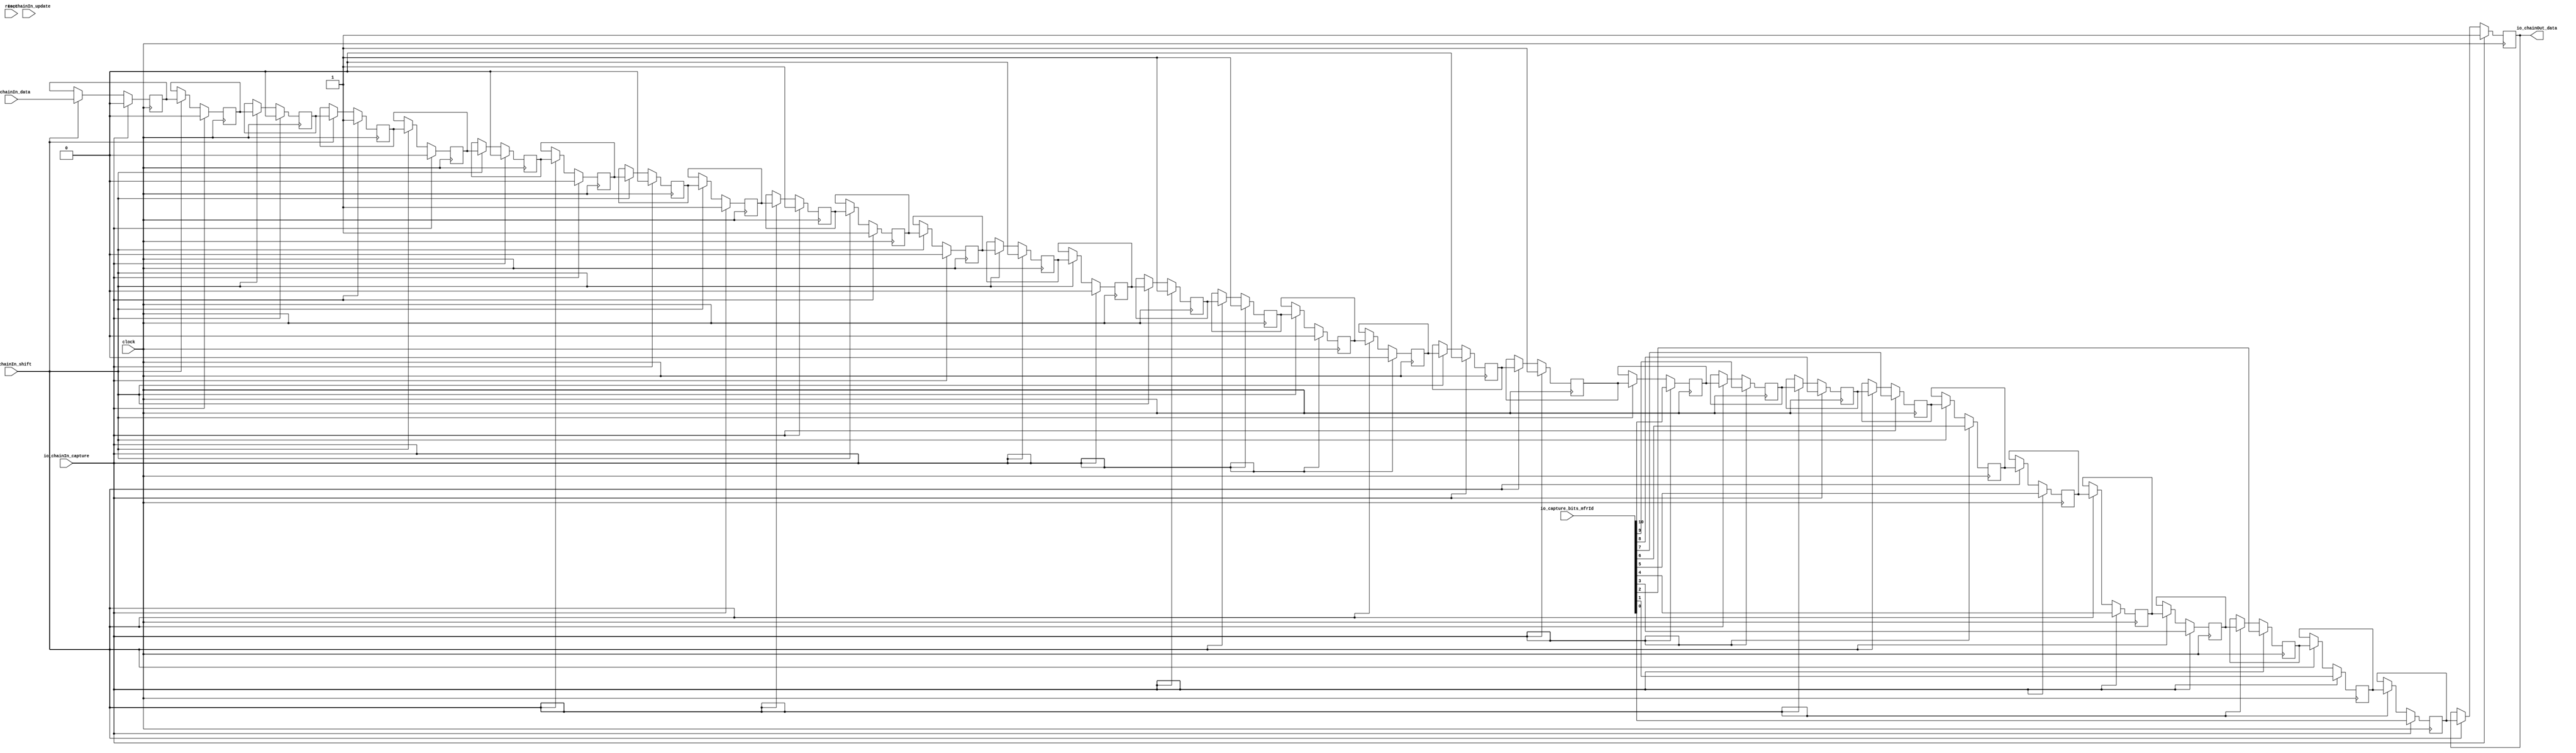
// Copyright (c) 2017, Microsemi Corporation
// All rights reserved.
//
// Redistribution and use in source and binary forms, with or without
// modification, are permitted provided that the following conditions are met:
//     * Redistributions of source code must retain the above copyright
//       notice, this list of conditions and the following disclaimer.
//     * Redistributions in binary form must reproduce the above copyright
//       notice, this list of conditions and the following disclaimer in the
//       documentation and/or other materials provided with the distribution.
//     * Neither the name of the <organization> nor the
//       names of its contributors may be used to endorse or promote products
//       derived from this software without specific prior written permission.
//
// THIS SOFTWARE IS PROVIDED BY THE COPYRIGHT HOLDERS AND CONTRIBUTORS "AS IS" AND
// ANY EXPRESS OR IMPLIED WARRANTIES, INCLUDING, BUT NOT LIMITED TO, THE IMPLIED
// WARRANTIES OF MERCHANTABILITY AND FITNESS FOR A PARTICULAR PURPOSE ARE
// DISCLAIMED. IN NO EVENT SHALL MICROSEMI CORPORATIONM BE LIABLE FOR ANY
// DIRECT, INDIRECT, INCIDENTAL, SPECIAL, EXEMPLARY, OR CONSEQUENTIAL DAMAGES
// (INCLUDING, BUT NOT LIMITED TO, PROCUREMENT OF SUBSTITUTE GOODS OR SERVICES;
// LOSS OF USE, DATA, OR PROFITS; OR BUSINESS INTERRUPTION) HOWEVER CAUSED AND
// ON ANY THEORY OF LIABILITY, WHETHER IN CONTRACT, STRICT LIABILITY, OR TORT
// (INCLUDING NEGLIGENCE OR OTHERWISE) ARISING IN ANY WAY OUT OF THE USE OF THIS
// SOFTWARE, EVEN IF ADVISED OF THE POSSIBILITY OF SUCH DAMAGE.
//
// APACHE LICENSE
// Copyright (c) 2017, Microsemi Corporation 
//
// Licensed under the Apache License, Version 2.0 (the "License");
// you may not use this file except in compliance with the License.
// You may obtain a copy of the License at
//
//    http://www.apache.org/licenses/LICENSE-2.0
//
// Unless required by applicable law or agreed to in writing, software
// distributed under the License is distributed on an "AS IS" BASIS,
// WITHOUT WARRANTIES OR CONDITIONS OF ANY KIND, either express or implied.
// See the License for the specific language governing permissions and
// limitations under the License.
//
// Description:
//
// SVN Revision Information:
// SVN $Revision: $
// SVN $Date: $
//
// Resolved SARs
// SAR      Date     Who   Description
//
// Notes:
//
// ****************************************************************************/
`ifndef RANDOMIZE_REG_INIT 
	 `define RANDOMIZE_REG_INIT 
 `endif
`ifndef RANDOMIZE_MEM_INIT 
	 `define RANDOMIZE_MEM_INIT 
 `endif
`ifndef RANDOMIZE 
	 `define RANDOMIZE 
`endif

`timescale 1ns/10ps
module MiV_AXI_MiV_AXI_0_MIV_RV32IMA_L1_AXI_CAPTURE_CHAIN( // @[:freechips.rocketchip.system.MivRV32ImaL1AhbConfig.fir@117694.2]
  input         clock, // @[:freechips.rocketchip.system.MivRV32ImaL1AhbConfig.fir@117695.4]
  input         reset, // @[:freechips.rocketchip.system.MivRV32ImaL1AhbConfig.fir@117696.4]
  input         io_chainIn_shift, // @[:freechips.rocketchip.system.MivRV32ImaL1AhbConfig.fir@117697.4]
  input         io_chainIn_data, // @[:freechips.rocketchip.system.MivRV32ImaL1AhbConfig.fir@117697.4]
  input         io_chainIn_capture, // @[:freechips.rocketchip.system.MivRV32ImaL1AhbConfig.fir@117697.4]
  input         io_chainIn_update, // @[:freechips.rocketchip.system.MivRV32ImaL1AhbConfig.fir@117697.4]
  output        io_chainOut_data, // @[:freechips.rocketchip.system.MivRV32ImaL1AhbConfig.fir@117697.4]
  input  [10:0] io_capture_bits_mfrId // @[:freechips.rocketchip.system.MivRV32ImaL1AhbConfig.fir@117697.4]
);
  reg  regs_0; // @[JtagShifter.scala 103:39:freechips.rocketchip.system.MivRV32ImaL1AhbConfig.fir@117705.4]
  reg [31:0] _RAND_0;
  reg  regs_1; // @[JtagShifter.scala 103:39:freechips.rocketchip.system.MivRV32ImaL1AhbConfig.fir@117706.4]
  reg [31:0] _RAND_1;
  reg  regs_2; // @[JtagShifter.scala 103:39:freechips.rocketchip.system.MivRV32ImaL1AhbConfig.fir@117707.4]
  reg [31:0] _RAND_2;
  reg  regs_3; // @[JtagShifter.scala 103:39:freechips.rocketchip.system.MivRV32ImaL1AhbConfig.fir@117708.4]
  reg [31:0] _RAND_3;
  reg  regs_4; // @[JtagShifter.scala 103:39:freechips.rocketchip.system.MivRV32ImaL1AhbConfig.fir@117709.4]
  reg [31:0] _RAND_4;
  reg  regs_5; // @[JtagShifter.scala 103:39:freechips.rocketchip.system.MivRV32ImaL1AhbConfig.fir@117710.4]
  reg [31:0] _RAND_5;
  reg  regs_6; // @[JtagShifter.scala 103:39:freechips.rocketchip.system.MivRV32ImaL1AhbConfig.fir@117711.4]
  reg [31:0] _RAND_6;
  reg  regs_7; // @[JtagShifter.scala 103:39:freechips.rocketchip.system.MivRV32ImaL1AhbConfig.fir@117712.4]
  reg [31:0] _RAND_7;
  reg  regs_8; // @[JtagShifter.scala 103:39:freechips.rocketchip.system.MivRV32ImaL1AhbConfig.fir@117713.4]
  reg [31:0] _RAND_8;
  reg  regs_9; // @[JtagShifter.scala 103:39:freechips.rocketchip.system.MivRV32ImaL1AhbConfig.fir@117714.4]
  reg [31:0] _RAND_9;
  reg  regs_10; // @[JtagShifter.scala 103:39:freechips.rocketchip.system.MivRV32ImaL1AhbConfig.fir@117715.4]
  reg [31:0] _RAND_10;
  reg  regs_11; // @[JtagShifter.scala 103:39:freechips.rocketchip.system.MivRV32ImaL1AhbConfig.fir@117716.4]
  reg [31:0] _RAND_11;
  reg  regs_12; // @[JtagShifter.scala 103:39:freechips.rocketchip.system.MivRV32ImaL1AhbConfig.fir@117717.4]
  reg [31:0] _RAND_12;
  reg  regs_13; // @[JtagShifter.scala 103:39:freechips.rocketchip.system.MivRV32ImaL1AhbConfig.fir@117718.4]
  reg [31:0] _RAND_13;
  reg  regs_14; // @[JtagShifter.scala 103:39:freechips.rocketchip.system.MivRV32ImaL1AhbConfig.fir@117719.4]
  reg [31:0] _RAND_14;
  reg  regs_15; // @[JtagShifter.scala 103:39:freechips.rocketchip.system.MivRV32ImaL1AhbConfig.fir@117720.4]
  reg [31:0] _RAND_15;
  reg  regs_16; // @[JtagShifter.scala 103:39:freechips.rocketchip.system.MivRV32ImaL1AhbConfig.fir@117721.4]
  reg [31:0] _RAND_16;
  reg  regs_17; // @[JtagShifter.scala 103:39:freechips.rocketchip.system.MivRV32ImaL1AhbConfig.fir@117722.4]
  reg [31:0] _RAND_17;
  reg  regs_18; // @[JtagShifter.scala 103:39:freechips.rocketchip.system.MivRV32ImaL1AhbConfig.fir@117723.4]
  reg [31:0] _RAND_18;
  reg  regs_19; // @[JtagShifter.scala 103:39:freechips.rocketchip.system.MivRV32ImaL1AhbConfig.fir@117724.4]
  reg [31:0] _RAND_19;
  reg  regs_20; // @[JtagShifter.scala 103:39:freechips.rocketchip.system.MivRV32ImaL1AhbConfig.fir@117725.4]
  reg [31:0] _RAND_20;
  reg  regs_21; // @[JtagShifter.scala 103:39:freechips.rocketchip.system.MivRV32ImaL1AhbConfig.fir@117726.4]
  reg [31:0] _RAND_21;
  reg  regs_22; // @[JtagShifter.scala 103:39:freechips.rocketchip.system.MivRV32ImaL1AhbConfig.fir@117727.4]
  reg [31:0] _RAND_22;
  reg  regs_23; // @[JtagShifter.scala 103:39:freechips.rocketchip.system.MivRV32ImaL1AhbConfig.fir@117728.4]
  reg [31:0] _RAND_23;
  reg  regs_24; // @[JtagShifter.scala 103:39:freechips.rocketchip.system.MivRV32ImaL1AhbConfig.fir@117729.4]
  reg [31:0] _RAND_24;
  reg  regs_25; // @[JtagShifter.scala 103:39:freechips.rocketchip.system.MivRV32ImaL1AhbConfig.fir@117730.4]
  reg [31:0] _RAND_25;
  reg  regs_26; // @[JtagShifter.scala 103:39:freechips.rocketchip.system.MivRV32ImaL1AhbConfig.fir@117731.4]
  reg [31:0] _RAND_26;
  reg  regs_27; // @[JtagShifter.scala 103:39:freechips.rocketchip.system.MivRV32ImaL1AhbConfig.fir@117732.4]
  reg [31:0] _RAND_27;
  reg  regs_28; // @[JtagShifter.scala 103:39:freechips.rocketchip.system.MivRV32ImaL1AhbConfig.fir@117733.4]
  reg [31:0] _RAND_28;
  reg  regs_29; // @[JtagShifter.scala 103:39:freechips.rocketchip.system.MivRV32ImaL1AhbConfig.fir@117734.4]
  reg [31:0] _RAND_29;
  reg  regs_30; // @[JtagShifter.scala 103:39:freechips.rocketchip.system.MivRV32ImaL1AhbConfig.fir@117735.4]
  reg [31:0] _RAND_30;
  reg  regs_31; // @[JtagShifter.scala 103:39:freechips.rocketchip.system.MivRV32ImaL1AhbConfig.fir@117736.4]
  reg [31:0] _RAND_31;
  wire [11:0] _T_37; // @[JtagShifter.scala 110:60:freechips.rocketchip.system.MivRV32ImaL1AhbConfig.fir@117739.6]
  wire [31:0] _T_39; // @[JtagShifter.scala 110:60:freechips.rocketchip.system.MivRV32ImaL1AhbConfig.fir@117741.6]
  wire  _T_40; // @[JtagShifter.scala 110:62:freechips.rocketchip.system.MivRV32ImaL1AhbConfig.fir@117742.6]
  wire  _T_44; // @[JtagShifter.scala 110:62:freechips.rocketchip.system.MivRV32ImaL1AhbConfig.fir@117747.6]
  wire  _T_48; // @[JtagShifter.scala 110:62:freechips.rocketchip.system.MivRV32ImaL1AhbConfig.fir@117752.6]
  wire  _T_52; // @[JtagShifter.scala 110:62:freechips.rocketchip.system.MivRV32ImaL1AhbConfig.fir@117757.6]
  wire  _T_56; // @[JtagShifter.scala 110:62:freechips.rocketchip.system.MivRV32ImaL1AhbConfig.fir@117762.6]
  wire  _T_60; // @[JtagShifter.scala 110:62:freechips.rocketchip.system.MivRV32ImaL1AhbConfig.fir@117767.6]
  wire  _T_64; // @[JtagShifter.scala 110:62:freechips.rocketchip.system.MivRV32ImaL1AhbConfig.fir@117772.6]
  wire  _T_68; // @[JtagShifter.scala 110:62:freechips.rocketchip.system.MivRV32ImaL1AhbConfig.fir@117777.6]
  wire  _T_72; // @[JtagShifter.scala 110:62:freechips.rocketchip.system.MivRV32ImaL1AhbConfig.fir@117782.6]
  wire  _T_76; // @[JtagShifter.scala 110:62:freechips.rocketchip.system.MivRV32ImaL1AhbConfig.fir@117787.6]
  wire  _T_80; // @[JtagShifter.scala 110:62:freechips.rocketchip.system.MivRV32ImaL1AhbConfig.fir@117792.6]
  wire  _T_84; // @[JtagShifter.scala 110:62:freechips.rocketchip.system.MivRV32ImaL1AhbConfig.fir@117797.6]
  wire  _T_88; // @[JtagShifter.scala 110:62:freechips.rocketchip.system.MivRV32ImaL1AhbConfig.fir@117802.6]
  wire  _T_92; // @[JtagShifter.scala 110:62:freechips.rocketchip.system.MivRV32ImaL1AhbConfig.fir@117807.6]
  wire  _T_96; // @[JtagShifter.scala 110:62:freechips.rocketchip.system.MivRV32ImaL1AhbConfig.fir@117812.6]
  wire  _T_100; // @[JtagShifter.scala 110:62:freechips.rocketchip.system.MivRV32ImaL1AhbConfig.fir@117817.6]
  wire  _T_104; // @[JtagShifter.scala 110:62:freechips.rocketchip.system.MivRV32ImaL1AhbConfig.fir@117822.6]
  wire  _T_108; // @[JtagShifter.scala 110:62:freechips.rocketchip.system.MivRV32ImaL1AhbConfig.fir@117827.6]
  wire  _T_112; // @[JtagShifter.scala 110:62:freechips.rocketchip.system.MivRV32ImaL1AhbConfig.fir@117832.6]
  wire  _T_116; // @[JtagShifter.scala 110:62:freechips.rocketchip.system.MivRV32ImaL1AhbConfig.fir@117837.6]
  wire  _T_120; // @[JtagShifter.scala 110:62:freechips.rocketchip.system.MivRV32ImaL1AhbConfig.fir@117842.6]
  wire  _T_124; // @[JtagShifter.scala 110:62:freechips.rocketchip.system.MivRV32ImaL1AhbConfig.fir@117847.6]
  wire  _T_128; // @[JtagShifter.scala 110:62:freechips.rocketchip.system.MivRV32ImaL1AhbConfig.fir@117852.6]
  wire  _T_132; // @[JtagShifter.scala 110:62:freechips.rocketchip.system.MivRV32ImaL1AhbConfig.fir@117857.6]
  wire  _T_136; // @[JtagShifter.scala 110:62:freechips.rocketchip.system.MivRV32ImaL1AhbConfig.fir@117862.6]
  wire  _T_140; // @[JtagShifter.scala 110:62:freechips.rocketchip.system.MivRV32ImaL1AhbConfig.fir@117867.6]
  wire  _T_144; // @[JtagShifter.scala 110:62:freechips.rocketchip.system.MivRV32ImaL1AhbConfig.fir@117872.6]
  wire  _T_148; // @[JtagShifter.scala 110:62:freechips.rocketchip.system.MivRV32ImaL1AhbConfig.fir@117877.6]
  wire  _T_152; // @[JtagShifter.scala 110:62:freechips.rocketchip.system.MivRV32ImaL1AhbConfig.fir@117882.6]
  wire  _T_156; // @[JtagShifter.scala 110:62:freechips.rocketchip.system.MivRV32ImaL1AhbConfig.fir@117887.6]
  wire  _T_160; // @[JtagShifter.scala 110:62:freechips.rocketchip.system.MivRV32ImaL1AhbConfig.fir@117892.6]
  wire  _T_164; // @[JtagShifter.scala 110:62:freechips.rocketchip.system.MivRV32ImaL1AhbConfig.fir@117897.6]
  wire  _GEN_0; // @[JtagShifter.scala 112:34:freechips.rocketchip.system.MivRV32ImaL1AhbConfig.fir@117902.6]
  wire  _GEN_1; // @[JtagShifter.scala 112:34:freechips.rocketchip.system.MivRV32ImaL1AhbConfig.fir@117902.6]
  wire  _GEN_2; // @[JtagShifter.scala 112:34:freechips.rocketchip.system.MivRV32ImaL1AhbConfig.fir@117902.6]
  wire  _GEN_3; // @[JtagShifter.scala 112:34:freechips.rocketchip.system.MivRV32ImaL1AhbConfig.fir@117902.6]
  wire  _GEN_4; // @[JtagShifter.scala 112:34:freechips.rocketchip.system.MivRV32ImaL1AhbConfig.fir@117902.6]
  wire  _GEN_5; // @[JtagShifter.scala 112:34:freechips.rocketchip.system.MivRV32ImaL1AhbConfig.fir@117902.6]
  wire  _GEN_6; // @[JtagShifter.scala 112:34:freechips.rocketchip.system.MivRV32ImaL1AhbConfig.fir@117902.6]
  wire  _GEN_7; // @[JtagShifter.scala 112:34:freechips.rocketchip.system.MivRV32ImaL1AhbConfig.fir@117902.6]
  wire  _GEN_8; // @[JtagShifter.scala 112:34:freechips.rocketchip.system.MivRV32ImaL1AhbConfig.fir@117902.6]
  wire  _GEN_9; // @[JtagShifter.scala 112:34:freechips.rocketchip.system.MivRV32ImaL1AhbConfig.fir@117902.6]
  wire  _GEN_10; // @[JtagShifter.scala 112:34:freechips.rocketchip.system.MivRV32ImaL1AhbConfig.fir@117902.6]
  wire  _GEN_11; // @[JtagShifter.scala 112:34:freechips.rocketchip.system.MivRV32ImaL1AhbConfig.fir@117902.6]
  wire  _GEN_12; // @[JtagShifter.scala 112:34:freechips.rocketchip.system.MivRV32ImaL1AhbConfig.fir@117902.6]
  wire  _GEN_13; // @[JtagShifter.scala 112:34:freechips.rocketchip.system.MivRV32ImaL1AhbConfig.fir@117902.6]
  wire  _GEN_14; // @[JtagShifter.scala 112:34:freechips.rocketchip.system.MivRV32ImaL1AhbConfig.fir@117902.6]
  wire  _GEN_15; // @[JtagShifter.scala 112:34:freechips.rocketchip.system.MivRV32ImaL1AhbConfig.fir@117902.6]
  wire  _GEN_16; // @[JtagShifter.scala 112:34:freechips.rocketchip.system.MivRV32ImaL1AhbConfig.fir@117902.6]
  wire  _GEN_17; // @[JtagShifter.scala 112:34:freechips.rocketchip.system.MivRV32ImaL1AhbConfig.fir@117902.6]
  wire  _GEN_18; // @[JtagShifter.scala 112:34:freechips.rocketchip.system.MivRV32ImaL1AhbConfig.fir@117902.6]
  wire  _GEN_19; // @[JtagShifter.scala 112:34:freechips.rocketchip.system.MivRV32ImaL1AhbConfig.fir@117902.6]
  wire  _GEN_20; // @[JtagShifter.scala 112:34:freechips.rocketchip.system.MivRV32ImaL1AhbConfig.fir@117902.6]
  wire  _GEN_21; // @[JtagShifter.scala 112:34:freechips.rocketchip.system.MivRV32ImaL1AhbConfig.fir@117902.6]
  wire  _GEN_22; // @[JtagShifter.scala 112:34:freechips.rocketchip.system.MivRV32ImaL1AhbConfig.fir@117902.6]
  wire  _GEN_23; // @[JtagShifter.scala 112:34:freechips.rocketchip.system.MivRV32ImaL1AhbConfig.fir@117902.6]
  wire  _GEN_24; // @[JtagShifter.scala 112:34:freechips.rocketchip.system.MivRV32ImaL1AhbConfig.fir@117902.6]
  wire  _GEN_25; // @[JtagShifter.scala 112:34:freechips.rocketchip.system.MivRV32ImaL1AhbConfig.fir@117902.6]
  wire  _GEN_26; // @[JtagShifter.scala 112:34:freechips.rocketchip.system.MivRV32ImaL1AhbConfig.fir@117902.6]
  wire  _GEN_27; // @[JtagShifter.scala 112:34:freechips.rocketchip.system.MivRV32ImaL1AhbConfig.fir@117902.6]
  wire  _GEN_28; // @[JtagShifter.scala 112:34:freechips.rocketchip.system.MivRV32ImaL1AhbConfig.fir@117902.6]
  wire  _GEN_29; // @[JtagShifter.scala 112:34:freechips.rocketchip.system.MivRV32ImaL1AhbConfig.fir@117902.6]
  wire  _GEN_30; // @[JtagShifter.scala 112:34:freechips.rocketchip.system.MivRV32ImaL1AhbConfig.fir@117902.6]
  wire  _GEN_31; // @[JtagShifter.scala 112:34:freechips.rocketchip.system.MivRV32ImaL1AhbConfig.fir@117902.6]
  wire  _GEN_33; // @[JtagShifter.scala 109:29:freechips.rocketchip.system.MivRV32ImaL1AhbConfig.fir@117738.4]
  wire  _GEN_34; // @[JtagShifter.scala 109:29:freechips.rocketchip.system.MivRV32ImaL1AhbConfig.fir@117738.4]
  wire  _GEN_35; // @[JtagShifter.scala 109:29:freechips.rocketchip.system.MivRV32ImaL1AhbConfig.fir@117738.4]
  wire  _GEN_36; // @[JtagShifter.scala 109:29:freechips.rocketchip.system.MivRV32ImaL1AhbConfig.fir@117738.4]
  wire  _GEN_37; // @[JtagShifter.scala 109:29:freechips.rocketchip.system.MivRV32ImaL1AhbConfig.fir@117738.4]
  wire  _GEN_38; // @[JtagShifter.scala 109:29:freechips.rocketchip.system.MivRV32ImaL1AhbConfig.fir@117738.4]
  wire  _GEN_39; // @[JtagShifter.scala 109:29:freechips.rocketchip.system.MivRV32ImaL1AhbConfig.fir@117738.4]
  wire  _GEN_40; // @[JtagShifter.scala 109:29:freechips.rocketchip.system.MivRV32ImaL1AhbConfig.fir@117738.4]
  wire  _GEN_41; // @[JtagShifter.scala 109:29:freechips.rocketchip.system.MivRV32ImaL1AhbConfig.fir@117738.4]
  wire  _GEN_42; // @[JtagShifter.scala 109:29:freechips.rocketchip.system.MivRV32ImaL1AhbConfig.fir@117738.4]
  wire  _GEN_43; // @[JtagShifter.scala 109:29:freechips.rocketchip.system.MivRV32ImaL1AhbConfig.fir@117738.4]
  wire  _GEN_44; // @[JtagShifter.scala 109:29:freechips.rocketchip.system.MivRV32ImaL1AhbConfig.fir@117738.4]
  wire  _GEN_45; // @[JtagShifter.scala 109:29:freechips.rocketchip.system.MivRV32ImaL1AhbConfig.fir@117738.4]
  wire  _GEN_46; // @[JtagShifter.scala 109:29:freechips.rocketchip.system.MivRV32ImaL1AhbConfig.fir@117738.4]
  wire  _GEN_47; // @[JtagShifter.scala 109:29:freechips.rocketchip.system.MivRV32ImaL1AhbConfig.fir@117738.4]
  wire  _GEN_48; // @[JtagShifter.scala 109:29:freechips.rocketchip.system.MivRV32ImaL1AhbConfig.fir@117738.4]
  wire  _GEN_49; // @[JtagShifter.scala 109:29:freechips.rocketchip.system.MivRV32ImaL1AhbConfig.fir@117738.4]
  wire  _GEN_50; // @[JtagShifter.scala 109:29:freechips.rocketchip.system.MivRV32ImaL1AhbConfig.fir@117738.4]
  wire  _GEN_51; // @[JtagShifter.scala 109:29:freechips.rocketchip.system.MivRV32ImaL1AhbConfig.fir@117738.4]
  wire  _GEN_52; // @[JtagShifter.scala 109:29:freechips.rocketchip.system.MivRV32ImaL1AhbConfig.fir@117738.4]
  wire  _GEN_53; // @[JtagShifter.scala 109:29:freechips.rocketchip.system.MivRV32ImaL1AhbConfig.fir@117738.4]
  wire  _GEN_54; // @[JtagShifter.scala 109:29:freechips.rocketchip.system.MivRV32ImaL1AhbConfig.fir@117738.4]
  wire  _GEN_55; // @[JtagShifter.scala 109:29:freechips.rocketchip.system.MivRV32ImaL1AhbConfig.fir@117738.4]
  wire  _GEN_56; // @[JtagShifter.scala 109:29:freechips.rocketchip.system.MivRV32ImaL1AhbConfig.fir@117738.4]
  wire  _GEN_57; // @[JtagShifter.scala 109:29:freechips.rocketchip.system.MivRV32ImaL1AhbConfig.fir@117738.4]
  wire  _GEN_58; // @[JtagShifter.scala 109:29:freechips.rocketchip.system.MivRV32ImaL1AhbConfig.fir@117738.4]
  wire  _GEN_59; // @[JtagShifter.scala 109:29:freechips.rocketchip.system.MivRV32ImaL1AhbConfig.fir@117738.4]
  wire  _GEN_60; // @[JtagShifter.scala 109:29:freechips.rocketchip.system.MivRV32ImaL1AhbConfig.fir@117738.4]
  wire  _GEN_61; // @[JtagShifter.scala 109:29:freechips.rocketchip.system.MivRV32ImaL1AhbConfig.fir@117738.4]
  wire  _GEN_62; // @[JtagShifter.scala 109:29:freechips.rocketchip.system.MivRV32ImaL1AhbConfig.fir@117738.4]
  wire  _GEN_63; // @[JtagShifter.scala 109:29:freechips.rocketchip.system.MivRV32ImaL1AhbConfig.fir@117738.4]
  wire  _GEN_64; // @[JtagShifter.scala 109:29:freechips.rocketchip.system.MivRV32ImaL1AhbConfig.fir@117738.4]
  wire  _T_168; // @[JtagShifter.scala 119:31:freechips.rocketchip.system.MivRV32ImaL1AhbConfig.fir@117940.4]
  wire  _T_170; // @[JtagShifter.scala 119:10:freechips.rocketchip.system.MivRV32ImaL1AhbConfig.fir@117941.4]
  wire  _T_171; // @[JtagShifter.scala 120:31:freechips.rocketchip.system.MivRV32ImaL1AhbConfig.fir@117942.4]
  wire  _T_173; // @[JtagShifter.scala 120:10:freechips.rocketchip.system.MivRV32ImaL1AhbConfig.fir@117943.4]
  wire  _T_174; // @[JtagShifter.scala 120:7:freechips.rocketchip.system.MivRV32ImaL1AhbConfig.fir@117944.4]
  wire  _T_175; // @[JtagShifter.scala 121:30:freechips.rocketchip.system.MivRV32ImaL1AhbConfig.fir@117945.4]
  wire  _T_177; // @[JtagShifter.scala 121:10:freechips.rocketchip.system.MivRV32ImaL1AhbConfig.fir@117946.4]
  wire  _T_178; // @[JtagShifter.scala 121:7:freechips.rocketchip.system.MivRV32ImaL1AhbConfig.fir@117947.4]
  wire  _T_180; // @[JtagShifter.scala 119:9:freechips.rocketchip.system.MivRV32ImaL1AhbConfig.fir@117949.4]
  wire  _T_182; // @[JtagShifter.scala 119:9:freechips.rocketchip.system.MivRV32ImaL1AhbConfig.fir@117950.4]
  assign _T_37 = {io_capture_bits_mfrId,1'h1}; // @[JtagShifter.scala 110:60:freechips.rocketchip.system.MivRV32ImaL1AhbConfig.fir@117739.6]
  assign _T_39 = {20'h10e31,_T_37}; // @[JtagShifter.scala 110:60:freechips.rocketchip.system.MivRV32ImaL1AhbConfig.fir@117741.6]
  assign _T_40 = _T_39[0]; // @[JtagShifter.scala 110:62:freechips.rocketchip.system.MivRV32ImaL1AhbConfig.fir@117742.6]
  assign _T_44 = _T_39[1]; // @[JtagShifter.scala 110:62:freechips.rocketchip.system.MivRV32ImaL1AhbConfig.fir@117747.6]
  assign _T_48 = _T_39[2]; // @[JtagShifter.scala 110:62:freechips.rocketchip.system.MivRV32ImaL1AhbConfig.fir@117752.6]
  assign _T_52 = _T_39[3]; // @[JtagShifter.scala 110:62:freechips.rocketchip.system.MivRV32ImaL1AhbConfig.fir@117757.6]
  assign _T_56 = _T_39[4]; // @[JtagShifter.scala 110:62:freechips.rocketchip.system.MivRV32ImaL1AhbConfig.fir@117762.6]
  assign _T_60 = _T_39[5]; // @[JtagShifter.scala 110:62:freechips.rocketchip.system.MivRV32ImaL1AhbConfig.fir@117767.6]
  assign _T_64 = _T_39[6]; // @[JtagShifter.scala 110:62:freechips.rocketchip.system.MivRV32ImaL1AhbConfig.fir@117772.6]
  assign _T_68 = _T_39[7]; // @[JtagShifter.scala 110:62:freechips.rocketchip.system.MivRV32ImaL1AhbConfig.fir@117777.6]
  assign _T_72 = _T_39[8]; // @[JtagShifter.scala 110:62:freechips.rocketchip.system.MivRV32ImaL1AhbConfig.fir@117782.6]
  assign _T_76 = _T_39[9]; // @[JtagShifter.scala 110:62:freechips.rocketchip.system.MivRV32ImaL1AhbConfig.fir@117787.6]
  assign _T_80 = _T_39[10]; // @[JtagShifter.scala 110:62:freechips.rocketchip.system.MivRV32ImaL1AhbConfig.fir@117792.6]
  assign _T_84 = _T_39[11]; // @[JtagShifter.scala 110:62:freechips.rocketchip.system.MivRV32ImaL1AhbConfig.fir@117797.6]
  assign _T_88 = _T_39[12]; // @[JtagShifter.scala 110:62:freechips.rocketchip.system.MivRV32ImaL1AhbConfig.fir@117802.6]
  assign _T_92 = _T_39[13]; // @[JtagShifter.scala 110:62:freechips.rocketchip.system.MivRV32ImaL1AhbConfig.fir@117807.6]
  assign _T_96 = _T_39[14]; // @[JtagShifter.scala 110:62:freechips.rocketchip.system.MivRV32ImaL1AhbConfig.fir@117812.6]
  assign _T_100 = _T_39[15]; // @[JtagShifter.scala 110:62:freechips.rocketchip.system.MivRV32ImaL1AhbConfig.fir@117817.6]
  assign _T_104 = _T_39[16]; // @[JtagShifter.scala 110:62:freechips.rocketchip.system.MivRV32ImaL1AhbConfig.fir@117822.6]
  assign _T_108 = _T_39[17]; // @[JtagShifter.scala 110:62:freechips.rocketchip.system.MivRV32ImaL1AhbConfig.fir@117827.6]
  assign _T_112 = _T_39[18]; // @[JtagShifter.scala 110:62:freechips.rocketchip.system.MivRV32ImaL1AhbConfig.fir@117832.6]
  assign _T_116 = _T_39[19]; // @[JtagShifter.scala 110:62:freechips.rocketchip.system.MivRV32ImaL1AhbConfig.fir@117837.6]
  assign _T_120 = _T_39[20]; // @[JtagShifter.scala 110:62:freechips.rocketchip.system.MivRV32ImaL1AhbConfig.fir@117842.6]
  assign _T_124 = _T_39[21]; // @[JtagShifter.scala 110:62:freechips.rocketchip.system.MivRV32ImaL1AhbConfig.fir@117847.6]
  assign _T_128 = _T_39[22]; // @[JtagShifter.scala 110:62:freechips.rocketchip.system.MivRV32ImaL1AhbConfig.fir@117852.6]
  assign _T_132 = _T_39[23]; // @[JtagShifter.scala 110:62:freechips.rocketchip.system.MivRV32ImaL1AhbConfig.fir@117857.6]
  assign _T_136 = _T_39[24]; // @[JtagShifter.scala 110:62:freechips.rocketchip.system.MivRV32ImaL1AhbConfig.fir@117862.6]
  assign _T_140 = _T_39[25]; // @[JtagShifter.scala 110:62:freechips.rocketchip.system.MivRV32ImaL1AhbConfig.fir@117867.6]
  assign _T_144 = _T_39[26]; // @[JtagShifter.scala 110:62:freechips.rocketchip.system.MivRV32ImaL1AhbConfig.fir@117872.6]
  assign _T_148 = _T_39[27]; // @[JtagShifter.scala 110:62:freechips.rocketchip.system.MivRV32ImaL1AhbConfig.fir@117877.6]
  assign _T_152 = _T_39[28]; // @[JtagShifter.scala 110:62:freechips.rocketchip.system.MivRV32ImaL1AhbConfig.fir@117882.6]
  assign _T_156 = _T_39[29]; // @[JtagShifter.scala 110:62:freechips.rocketchip.system.MivRV32ImaL1AhbConfig.fir@117887.6]
  assign _T_160 = _T_39[30]; // @[JtagShifter.scala 110:62:freechips.rocketchip.system.MivRV32ImaL1AhbConfig.fir@117892.6]
  assign _T_164 = _T_39[31]; // @[JtagShifter.scala 110:62:freechips.rocketchip.system.MivRV32ImaL1AhbConfig.fir@117897.6]
  assign _GEN_0 = io_chainIn_shift ? io_chainIn_data : regs_31; // @[JtagShifter.scala 112:34:freechips.rocketchip.system.MivRV32ImaL1AhbConfig.fir@117902.6]
  assign _GEN_1 = io_chainIn_shift ? regs_1 : regs_0; // @[JtagShifter.scala 112:34:freechips.rocketchip.system.MivRV32ImaL1AhbConfig.fir@117902.6]
  assign _GEN_2 = io_chainIn_shift ? regs_2 : regs_1; // @[JtagShifter.scala 112:34:freechips.rocketchip.system.MivRV32ImaL1AhbConfig.fir@117902.6]
  assign _GEN_3 = io_chainIn_shift ? regs_3 : regs_2; // @[JtagShifter.scala 112:34:freechips.rocketchip.system.MivRV32ImaL1AhbConfig.fir@117902.6]
  assign _GEN_4 = io_chainIn_shift ? regs_4 : regs_3; // @[JtagShifter.scala 112:34:freechips.rocketchip.system.MivRV32ImaL1AhbConfig.fir@117902.6]
  assign _GEN_5 = io_chainIn_shift ? regs_5 : regs_4; // @[JtagShifter.scala 112:34:freechips.rocketchip.system.MivRV32ImaL1AhbConfig.fir@117902.6]
  assign _GEN_6 = io_chainIn_shift ? regs_6 : regs_5; // @[JtagShifter.scala 112:34:freechips.rocketchip.system.MivRV32ImaL1AhbConfig.fir@117902.6]
  assign _GEN_7 = io_chainIn_shift ? regs_7 : regs_6; // @[JtagShifter.scala 112:34:freechips.rocketchip.system.MivRV32ImaL1AhbConfig.fir@117902.6]
  assign _GEN_8 = io_chainIn_shift ? regs_8 : regs_7; // @[JtagShifter.scala 112:34:freechips.rocketchip.system.MivRV32ImaL1AhbConfig.fir@117902.6]
  assign _GEN_9 = io_chainIn_shift ? regs_9 : regs_8; // @[JtagShifter.scala 112:34:freechips.rocketchip.system.MivRV32ImaL1AhbConfig.fir@117902.6]
  assign _GEN_10 = io_chainIn_shift ? regs_10 : regs_9; // @[JtagShifter.scala 112:34:freechips.rocketchip.system.MivRV32ImaL1AhbConfig.fir@117902.6]
  assign _GEN_11 = io_chainIn_shift ? regs_11 : regs_10; // @[JtagShifter.scala 112:34:freechips.rocketchip.system.MivRV32ImaL1AhbConfig.fir@117902.6]
  assign _GEN_12 = io_chainIn_shift ? regs_12 : regs_11; // @[JtagShifter.scala 112:34:freechips.rocketchip.system.MivRV32ImaL1AhbConfig.fir@117902.6]
  assign _GEN_13 = io_chainIn_shift ? regs_13 : regs_12; // @[JtagShifter.scala 112:34:freechips.rocketchip.system.MivRV32ImaL1AhbConfig.fir@117902.6]
  assign _GEN_14 = io_chainIn_shift ? regs_14 : regs_13; // @[JtagShifter.scala 112:34:freechips.rocketchip.system.MivRV32ImaL1AhbConfig.fir@117902.6]
  assign _GEN_15 = io_chainIn_shift ? regs_15 : regs_14; // @[JtagShifter.scala 112:34:freechips.rocketchip.system.MivRV32ImaL1AhbConfig.fir@117902.6]
  assign _GEN_16 = io_chainIn_shift ? regs_16 : regs_15; // @[JtagShifter.scala 112:34:freechips.rocketchip.system.MivRV32ImaL1AhbConfig.fir@117902.6]
  assign _GEN_17 = io_chainIn_shift ? regs_17 : regs_16; // @[JtagShifter.scala 112:34:freechips.rocketchip.system.MivRV32ImaL1AhbConfig.fir@117902.6]
  assign _GEN_18 = io_chainIn_shift ? regs_18 : regs_17; // @[JtagShifter.scala 112:34:freechips.rocketchip.system.MivRV32ImaL1AhbConfig.fir@117902.6]
  assign _GEN_19 = io_chainIn_shift ? regs_19 : regs_18; // @[JtagShifter.scala 112:34:freechips.rocketchip.system.MivRV32ImaL1AhbConfig.fir@117902.6]
  assign _GEN_20 = io_chainIn_shift ? regs_20 : regs_19; // @[JtagShifter.scala 112:34:freechips.rocketchip.system.MivRV32ImaL1AhbConfig.fir@117902.6]
  assign _GEN_21 = io_chainIn_shift ? regs_21 : regs_20; // @[JtagShifter.scala 112:34:freechips.rocketchip.system.MivRV32ImaL1AhbConfig.fir@117902.6]
  assign _GEN_22 = io_chainIn_shift ? regs_22 : regs_21; // @[JtagShifter.scala 112:34:freechips.rocketchip.system.MivRV32ImaL1AhbConfig.fir@117902.6]
  assign _GEN_23 = io_chainIn_shift ? regs_23 : regs_22; // @[JtagShifter.scala 112:34:freechips.rocketchip.system.MivRV32ImaL1AhbConfig.fir@117902.6]
  assign _GEN_24 = io_chainIn_shift ? regs_24 : regs_23; // @[JtagShifter.scala 112:34:freechips.rocketchip.system.MivRV32ImaL1AhbConfig.fir@117902.6]
  assign _GEN_25 = io_chainIn_shift ? regs_25 : regs_24; // @[JtagShifter.scala 112:34:freechips.rocketchip.system.MivRV32ImaL1AhbConfig.fir@117902.6]
  assign _GEN_26 = io_chainIn_shift ? regs_26 : regs_25; // @[JtagShifter.scala 112:34:freechips.rocketchip.system.MivRV32ImaL1AhbConfig.fir@117902.6]
  assign _GEN_27 = io_chainIn_shift ? regs_27 : regs_26; // @[JtagShifter.scala 112:34:freechips.rocketchip.system.MivRV32ImaL1AhbConfig.fir@117902.6]
  assign _GEN_28 = io_chainIn_shift ? regs_28 : regs_27; // @[JtagShifter.scala 112:34:freechips.rocketchip.system.MivRV32ImaL1AhbConfig.fir@117902.6]
  assign _GEN_29 = io_chainIn_shift ? regs_29 : regs_28; // @[JtagShifter.scala 112:34:freechips.rocketchip.system.MivRV32ImaL1AhbConfig.fir@117902.6]
  assign _GEN_30 = io_chainIn_shift ? regs_30 : regs_29; // @[JtagShifter.scala 112:34:freechips.rocketchip.system.MivRV32ImaL1AhbConfig.fir@117902.6]
  assign _GEN_31 = io_chainIn_shift ? regs_31 : regs_30; // @[JtagShifter.scala 112:34:freechips.rocketchip.system.MivRV32ImaL1AhbConfig.fir@117902.6]
  assign _GEN_33 = io_chainIn_capture ? _T_40 : _GEN_1; // @[JtagShifter.scala 109:29:freechips.rocketchip.system.MivRV32ImaL1AhbConfig.fir@117738.4]
  assign _GEN_34 = io_chainIn_capture ? _T_44 : _GEN_2; // @[JtagShifter.scala 109:29:freechips.rocketchip.system.MivRV32ImaL1AhbConfig.fir@117738.4]
  assign _GEN_35 = io_chainIn_capture ? _T_48 : _GEN_3; // @[JtagShifter.scala 109:29:freechips.rocketchip.system.MivRV32ImaL1AhbConfig.fir@117738.4]
  assign _GEN_36 = io_chainIn_capture ? _T_52 : _GEN_4; // @[JtagShifter.scala 109:29:freechips.rocketchip.system.MivRV32ImaL1AhbConfig.fir@117738.4]
  assign _GEN_37 = io_chainIn_capture ? _T_56 : _GEN_5; // @[JtagShifter.scala 109:29:freechips.rocketchip.system.MivRV32ImaL1AhbConfig.fir@117738.4]
  assign _GEN_38 = io_chainIn_capture ? _T_60 : _GEN_6; // @[JtagShifter.scala 109:29:freechips.rocketchip.system.MivRV32ImaL1AhbConfig.fir@117738.4]
  assign _GEN_39 = io_chainIn_capture ? _T_64 : _GEN_7; // @[JtagShifter.scala 109:29:freechips.rocketchip.system.MivRV32ImaL1AhbConfig.fir@117738.4]
  assign _GEN_40 = io_chainIn_capture ? _T_68 : _GEN_8; // @[JtagShifter.scala 109:29:freechips.rocketchip.system.MivRV32ImaL1AhbConfig.fir@117738.4]
  assign _GEN_41 = io_chainIn_capture ? _T_72 : _GEN_9; // @[JtagShifter.scala 109:29:freechips.rocketchip.system.MivRV32ImaL1AhbConfig.fir@117738.4]
  assign _GEN_42 = io_chainIn_capture ? _T_76 : _GEN_10; // @[JtagShifter.scala 109:29:freechips.rocketchip.system.MivRV32ImaL1AhbConfig.fir@117738.4]
  assign _GEN_43 = io_chainIn_capture ? _T_80 : _GEN_11; // @[JtagShifter.scala 109:29:freechips.rocketchip.system.MivRV32ImaL1AhbConfig.fir@117738.4]
  assign _GEN_44 = io_chainIn_capture ? _T_84 : _GEN_12; // @[JtagShifter.scala 109:29:freechips.rocketchip.system.MivRV32ImaL1AhbConfig.fir@117738.4]
  assign _GEN_45 = io_chainIn_capture ? _T_88 : _GEN_13; // @[JtagShifter.scala 109:29:freechips.rocketchip.system.MivRV32ImaL1AhbConfig.fir@117738.4]
  assign _GEN_46 = io_chainIn_capture ? _T_92 : _GEN_14; // @[JtagShifter.scala 109:29:freechips.rocketchip.system.MivRV32ImaL1AhbConfig.fir@117738.4]
  assign _GEN_47 = io_chainIn_capture ? _T_96 : _GEN_15; // @[JtagShifter.scala 109:29:freechips.rocketchip.system.MivRV32ImaL1AhbConfig.fir@117738.4]
  assign _GEN_48 = io_chainIn_capture ? _T_100 : _GEN_16; // @[JtagShifter.scala 109:29:freechips.rocketchip.system.MivRV32ImaL1AhbConfig.fir@117738.4]
  assign _GEN_49 = io_chainIn_capture ? _T_104 : _GEN_17; // @[JtagShifter.scala 109:29:freechips.rocketchip.system.MivRV32ImaL1AhbConfig.fir@117738.4]
  assign _GEN_50 = io_chainIn_capture ? _T_108 : _GEN_18; // @[JtagShifter.scala 109:29:freechips.rocketchip.system.MivRV32ImaL1AhbConfig.fir@117738.4]
  assign _GEN_51 = io_chainIn_capture ? _T_112 : _GEN_19; // @[JtagShifter.scala 109:29:freechips.rocketchip.system.MivRV32ImaL1AhbConfig.fir@117738.4]
  assign _GEN_52 = io_chainIn_capture ? _T_116 : _GEN_20; // @[JtagShifter.scala 109:29:freechips.rocketchip.system.MivRV32ImaL1AhbConfig.fir@117738.4]
  assign _GEN_53 = io_chainIn_capture ? _T_120 : _GEN_21; // @[JtagShifter.scala 109:29:freechips.rocketchip.system.MivRV32ImaL1AhbConfig.fir@117738.4]
  assign _GEN_54 = io_chainIn_capture ? _T_124 : _GEN_22; // @[JtagShifter.scala 109:29:freechips.rocketchip.system.MivRV32ImaL1AhbConfig.fir@117738.4]
  assign _GEN_55 = io_chainIn_capture ? _T_128 : _GEN_23; // @[JtagShifter.scala 109:29:freechips.rocketchip.system.MivRV32ImaL1AhbConfig.fir@117738.4]
  assign _GEN_56 = io_chainIn_capture ? _T_132 : _GEN_24; // @[JtagShifter.scala 109:29:freechips.rocketchip.system.MivRV32ImaL1AhbConfig.fir@117738.4]
  assign _GEN_57 = io_chainIn_capture ? _T_136 : _GEN_25; // @[JtagShifter.scala 109:29:freechips.rocketchip.system.MivRV32ImaL1AhbConfig.fir@117738.4]
  assign _GEN_58 = io_chainIn_capture ? _T_140 : _GEN_26; // @[JtagShifter.scala 109:29:freechips.rocketchip.system.MivRV32ImaL1AhbConfig.fir@117738.4]
  assign _GEN_59 = io_chainIn_capture ? _T_144 : _GEN_27; // @[JtagShifter.scala 109:29:freechips.rocketchip.system.MivRV32ImaL1AhbConfig.fir@117738.4]
  assign _GEN_60 = io_chainIn_capture ? _T_148 : _GEN_28; // @[JtagShifter.scala 109:29:freechips.rocketchip.system.MivRV32ImaL1AhbConfig.fir@117738.4]
  assign _GEN_61 = io_chainIn_capture ? _T_152 : _GEN_29; // @[JtagShifter.scala 109:29:freechips.rocketchip.system.MivRV32ImaL1AhbConfig.fir@117738.4]
  assign _GEN_62 = io_chainIn_capture ? _T_156 : _GEN_30; // @[JtagShifter.scala 109:29:freechips.rocketchip.system.MivRV32ImaL1AhbConfig.fir@117738.4]
  assign _GEN_63 = io_chainIn_capture ? _T_160 : _GEN_31; // @[JtagShifter.scala 109:29:freechips.rocketchip.system.MivRV32ImaL1AhbConfig.fir@117738.4]
  assign _GEN_64 = io_chainIn_capture ? _T_164 : _GEN_0; // @[JtagShifter.scala 109:29:freechips.rocketchip.system.MivRV32ImaL1AhbConfig.fir@117738.4]
  assign _T_168 = io_chainIn_capture & io_chainIn_update; // @[JtagShifter.scala 119:31:freechips.rocketchip.system.MivRV32ImaL1AhbConfig.fir@117940.4]
  assign _T_170 = _T_168 == 1'h0; // @[JtagShifter.scala 119:10:freechips.rocketchip.system.MivRV32ImaL1AhbConfig.fir@117941.4]
  assign _T_171 = io_chainIn_capture & io_chainIn_shift; // @[JtagShifter.scala 120:31:freechips.rocketchip.system.MivRV32ImaL1AhbConfig.fir@117942.4]
  assign _T_173 = _T_171 == 1'h0; // @[JtagShifter.scala 120:10:freechips.rocketchip.system.MivRV32ImaL1AhbConfig.fir@117943.4]
  assign _T_174 = _T_170 & _T_173; // @[JtagShifter.scala 120:7:freechips.rocketchip.system.MivRV32ImaL1AhbConfig.fir@117944.4]
  assign _T_175 = io_chainIn_update & io_chainIn_shift; // @[JtagShifter.scala 121:30:freechips.rocketchip.system.MivRV32ImaL1AhbConfig.fir@117945.4]
  assign _T_177 = _T_175 == 1'h0; // @[JtagShifter.scala 121:10:freechips.rocketchip.system.MivRV32ImaL1AhbConfig.fir@117946.4]
  assign _T_178 = _T_174 & _T_177; // @[JtagShifter.scala 121:7:freechips.rocketchip.system.MivRV32ImaL1AhbConfig.fir@117947.4]
  assign _T_180 = _T_178 | reset; // @[JtagShifter.scala 119:9:freechips.rocketchip.system.MivRV32ImaL1AhbConfig.fir@117949.4]
  assign _T_182 = _T_180 == 1'h0; // @[JtagShifter.scala 119:9:freechips.rocketchip.system.MivRV32ImaL1AhbConfig.fir@117950.4]
  assign io_chainOut_data = regs_0;
`ifdef RANDOMIZE
  integer initvar;
  initial begin
    `ifndef verilator
      #0.002 begin end
    `endif
  `ifdef RANDOMIZE_REG_INIT
  _RAND_0 = {1{32'b0}};
  regs_0 = _RAND_0[0:0];
  `endif // RANDOMIZE_REG_INIT
  `ifdef RANDOMIZE_REG_INIT
  _RAND_1 = {1{32'b0}};
  regs_1 = _RAND_1[0:0];
  `endif // RANDOMIZE_REG_INIT
  `ifdef RANDOMIZE_REG_INIT
  _RAND_2 = {1{32'b0}};
  regs_2 = _RAND_2[0:0];
  `endif // RANDOMIZE_REG_INIT
  `ifdef RANDOMIZE_REG_INIT
  _RAND_3 = {1{32'b0}};
  regs_3 = _RAND_3[0:0];
  `endif // RANDOMIZE_REG_INIT
  `ifdef RANDOMIZE_REG_INIT
  _RAND_4 = {1{32'b0}};
  regs_4 = _RAND_4[0:0];
  `endif // RANDOMIZE_REG_INIT
  `ifdef RANDOMIZE_REG_INIT
  _RAND_5 = {1{32'b0}};
  regs_5 = _RAND_5[0:0];
  `endif // RANDOMIZE_REG_INIT
  `ifdef RANDOMIZE_REG_INIT
  _RAND_6 = {1{32'b0}};
  regs_6 = _RAND_6[0:0];
  `endif // RANDOMIZE_REG_INIT
  `ifdef RANDOMIZE_REG_INIT
  _RAND_7 = {1{32'b0}};
  regs_7 = _RAND_7[0:0];
  `endif // RANDOMIZE_REG_INIT
  `ifdef RANDOMIZE_REG_INIT
  _RAND_8 = {1{32'b0}};
  regs_8 = _RAND_8[0:0];
  `endif // RANDOMIZE_REG_INIT
  `ifdef RANDOMIZE_REG_INIT
  _RAND_9 = {1{32'b0}};
  regs_9 = _RAND_9[0:0];
  `endif // RANDOMIZE_REG_INIT
  `ifdef RANDOMIZE_REG_INIT
  _RAND_10 = {1{32'b0}};
  regs_10 = _RAND_10[0:0];
  `endif // RANDOMIZE_REG_INIT
  `ifdef RANDOMIZE_REG_INIT
  _RAND_11 = {1{32'b0}};
  regs_11 = _RAND_11[0:0];
  `endif // RANDOMIZE_REG_INIT
  `ifdef RANDOMIZE_REG_INIT
  _RAND_12 = {1{32'b0}};
  regs_12 = _RAND_12[0:0];
  `endif // RANDOMIZE_REG_INIT
  `ifdef RANDOMIZE_REG_INIT
  _RAND_13 = {1{32'b0}};
  regs_13 = _RAND_13[0:0];
  `endif // RANDOMIZE_REG_INIT
  `ifdef RANDOMIZE_REG_INIT
  _RAND_14 = {1{32'b0}};
  regs_14 = _RAND_14[0:0];
  `endif // RANDOMIZE_REG_INIT
  `ifdef RANDOMIZE_REG_INIT
  _RAND_15 = {1{32'b0}};
  regs_15 = _RAND_15[0:0];
  `endif // RANDOMIZE_REG_INIT
  `ifdef RANDOMIZE_REG_INIT
  _RAND_16 = {1{32'b0}};
  regs_16 = _RAND_16[0:0];
  `endif // RANDOMIZE_REG_INIT
  `ifdef RANDOMIZE_REG_INIT
  _RAND_17 = {1{32'b0}};
  regs_17 = _RAND_17[0:0];
  `endif // RANDOMIZE_REG_INIT
  `ifdef RANDOMIZE_REG_INIT
  _RAND_18 = {1{32'b0}};
  regs_18 = _RAND_18[0:0];
  `endif // RANDOMIZE_REG_INIT
  `ifdef RANDOMIZE_REG_INIT
  _RAND_19 = {1{32'b0}};
  regs_19 = _RAND_19[0:0];
  `endif // RANDOMIZE_REG_INIT
  `ifdef RANDOMIZE_REG_INIT
  _RAND_20 = {1{32'b0}};
  regs_20 = _RAND_20[0:0];
  `endif // RANDOMIZE_REG_INIT
  `ifdef RANDOMIZE_REG_INIT
  _RAND_21 = {1{32'b0}};
  regs_21 = _RAND_21[0:0];
  `endif // RANDOMIZE_REG_INIT
  `ifdef RANDOMIZE_REG_INIT
  _RAND_22 = {1{32'b0}};
  regs_22 = _RAND_22[0:0];
  `endif // RANDOMIZE_REG_INIT
  `ifdef RANDOMIZE_REG_INIT
  _RAND_23 = {1{32'b0}};
  regs_23 = _RAND_23[0:0];
  `endif // RANDOMIZE_REG_INIT
  `ifdef RANDOMIZE_REG_INIT
  _RAND_24 = {1{32'b0}};
  regs_24 = _RAND_24[0:0];
  `endif // RANDOMIZE_REG_INIT
  `ifdef RANDOMIZE_REG_INIT
  _RAND_25 = {1{32'b0}};
  regs_25 = _RAND_25[0:0];
  `endif // RANDOMIZE_REG_INIT
  `ifdef RANDOMIZE_REG_INIT
  _RAND_26 = {1{32'b0}};
  regs_26 = _RAND_26[0:0];
  `endif // RANDOMIZE_REG_INIT
  `ifdef RANDOMIZE_REG_INIT
  _RAND_27 = {1{32'b0}};
  regs_27 = _RAND_27[0:0];
  `endif // RANDOMIZE_REG_INIT
  `ifdef RANDOMIZE_REG_INIT
  _RAND_28 = {1{32'b0}};
  regs_28 = _RAND_28[0:0];
  `endif // RANDOMIZE_REG_INIT
  `ifdef RANDOMIZE_REG_INIT
  _RAND_29 = {1{32'b0}};
  regs_29 = _RAND_29[0:0];
  `endif // RANDOMIZE_REG_INIT
  `ifdef RANDOMIZE_REG_INIT
  _RAND_30 = {1{32'b0}};
  regs_30 = _RAND_30[0:0];
  `endif // RANDOMIZE_REG_INIT
  `ifdef RANDOMIZE_REG_INIT
  _RAND_31 = {1{32'b0}};
  regs_31 = _RAND_31[0:0];
  `endif // RANDOMIZE_REG_INIT
  end
`endif // RANDOMIZE
  always @(posedge clock) begin
    if (io_chainIn_capture) begin
      regs_0 <= _T_40;
    end else begin
      if (io_chainIn_shift) begin
        regs_0 <= regs_1;
      end
    end
    if (io_chainIn_capture) begin
      regs_1 <= _T_44;
    end else begin
      if (io_chainIn_shift) begin
        regs_1 <= regs_2;
      end
    end
    if (io_chainIn_capture) begin
      regs_2 <= _T_48;
    end else begin
      if (io_chainIn_shift) begin
        regs_2 <= regs_3;
      end
    end
    if (io_chainIn_capture) begin
      regs_3 <= _T_52;
    end else begin
      if (io_chainIn_shift) begin
        regs_3 <= regs_4;
      end
    end
    if (io_chainIn_capture) begin
      regs_4 <= _T_56;
    end else begin
      if (io_chainIn_shift) begin
        regs_4 <= regs_5;
      end
    end
    if (io_chainIn_capture) begin
      regs_5 <= _T_60;
    end else begin
      if (io_chainIn_shift) begin
        regs_5 <= regs_6;
      end
    end
    if (io_chainIn_capture) begin
      regs_6 <= _T_64;
    end else begin
      if (io_chainIn_shift) begin
        regs_6 <= regs_7;
      end
    end
    if (io_chainIn_capture) begin
      regs_7 <= _T_68;
    end else begin
      if (io_chainIn_shift) begin
        regs_7 <= regs_8;
      end
    end
    if (io_chainIn_capture) begin
      regs_8 <= _T_72;
    end else begin
      if (io_chainIn_shift) begin
        regs_8 <= regs_9;
      end
    end
    if (io_chainIn_capture) begin
      regs_9 <= _T_76;
    end else begin
      if (io_chainIn_shift) begin
        regs_9 <= regs_10;
      end
    end
    if (io_chainIn_capture) begin
      regs_10 <= _T_80;
    end else begin
      if (io_chainIn_shift) begin
        regs_10 <= regs_11;
      end
    end
    if (io_chainIn_capture) begin
      regs_11 <= _T_84;
    end else begin
      if (io_chainIn_shift) begin
        regs_11 <= regs_12;
      end
    end
    if (io_chainIn_capture) begin
      regs_12 <= _T_88;
    end else begin
      if (io_chainIn_shift) begin
        regs_12 <= regs_13;
      end
    end
    if (io_chainIn_capture) begin
      regs_13 <= _T_92;
    end else begin
      if (io_chainIn_shift) begin
        regs_13 <= regs_14;
      end
    end
    if (io_chainIn_capture) begin
      regs_14 <= _T_96;
    end else begin
      if (io_chainIn_shift) begin
        regs_14 <= regs_15;
      end
    end
    if (io_chainIn_capture) begin
      regs_15 <= _T_100;
    end else begin
      if (io_chainIn_shift) begin
        regs_15 <= regs_16;
      end
    end
    if (io_chainIn_capture) begin
      regs_16 <= _T_104;
    end else begin
      if (io_chainIn_shift) begin
        regs_16 <= regs_17;
      end
    end
    if (io_chainIn_capture) begin
      regs_17 <= _T_108;
    end else begin
      if (io_chainIn_shift) begin
        regs_17 <= regs_18;
      end
    end
    if (io_chainIn_capture) begin
      regs_18 <= _T_112;
    end else begin
      if (io_chainIn_shift) begin
        regs_18 <= regs_19;
      end
    end
    if (io_chainIn_capture) begin
      regs_19 <= _T_116;
    end else begin
      if (io_chainIn_shift) begin
        regs_19 <= regs_20;
      end
    end
    if (io_chainIn_capture) begin
      regs_20 <= _T_120;
    end else begin
      if (io_chainIn_shift) begin
        regs_20 <= regs_21;
      end
    end
    if (io_chainIn_capture) begin
      regs_21 <= _T_124;
    end else begin
      if (io_chainIn_shift) begin
        regs_21 <= regs_22;
      end
    end
    if (io_chainIn_capture) begin
      regs_22 <= _T_128;
    end else begin
      if (io_chainIn_shift) begin
        regs_22 <= regs_23;
      end
    end
    if (io_chainIn_capture) begin
      regs_23 <= _T_132;
    end else begin
      if (io_chainIn_shift) begin
        regs_23 <= regs_24;
      end
    end
    if (io_chainIn_capture) begin
      regs_24 <= _T_136;
    end else begin
      if (io_chainIn_shift) begin
        regs_24 <= regs_25;
      end
    end
    if (io_chainIn_capture) begin
      regs_25 <= _T_140;
    end else begin
      if (io_chainIn_shift) begin
        regs_25 <= regs_26;
      end
    end
    if (io_chainIn_capture) begin
      regs_26 <= _T_144;
    end else begin
      if (io_chainIn_shift) begin
        regs_26 <= regs_27;
      end
    end
    if (io_chainIn_capture) begin
      regs_27 <= _T_148;
    end else begin
      if (io_chainIn_shift) begin
        regs_27 <= regs_28;
      end
    end
    if (io_chainIn_capture) begin
      regs_28 <= _T_152;
    end else begin
      if (io_chainIn_shift) begin
        regs_28 <= regs_29;
      end
    end
    if (io_chainIn_capture) begin
      regs_29 <= _T_156;
    end else begin
      if (io_chainIn_shift) begin
        regs_29 <= regs_30;
      end
    end
    if (io_chainIn_capture) begin
      regs_30 <= _T_160;
    end else begin
      if (io_chainIn_shift) begin
        regs_30 <= regs_31;
      end
    end
    if (io_chainIn_capture) begin
      regs_31 <= _T_164;
    end else begin
      if (io_chainIn_shift) begin
        regs_31 <= io_chainIn_data;
      end
    end
    `ifndef SYNTHESIS
    `ifdef PRINTF_COND
      if (`PRINTF_COND) begin
    `endif
        if (_T_182) begin
          $fwrite(32'h80000002,"Assertion failed\n    at JtagShifter.scala:119 assert(!(io.chainIn.capture && io.chainIn.update)\n"); // @[JtagShifter.scala 119:9:freechips.rocketchip.system.MivRV32ImaL1AhbConfig.fir@117952.6]
        end
    `ifdef PRINTF_COND
      end
    `endif
    `endif // SYNTHESIS
    `ifndef SYNTHESIS
    `ifdef STOP_COND
      if (`STOP_COND) begin
    `endif
        if (_T_182) begin
          $fatal; // @[JtagShifter.scala 119:9:freechips.rocketchip.system.MivRV32ImaL1AhbConfig.fir@117953.6]
        end
    `ifdef STOP_COND
      end
    `endif
    `endif // SYNTHESIS
  end
endmodule